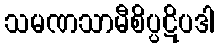
သမဏသာမီစိပ္ပဋိပဒါ